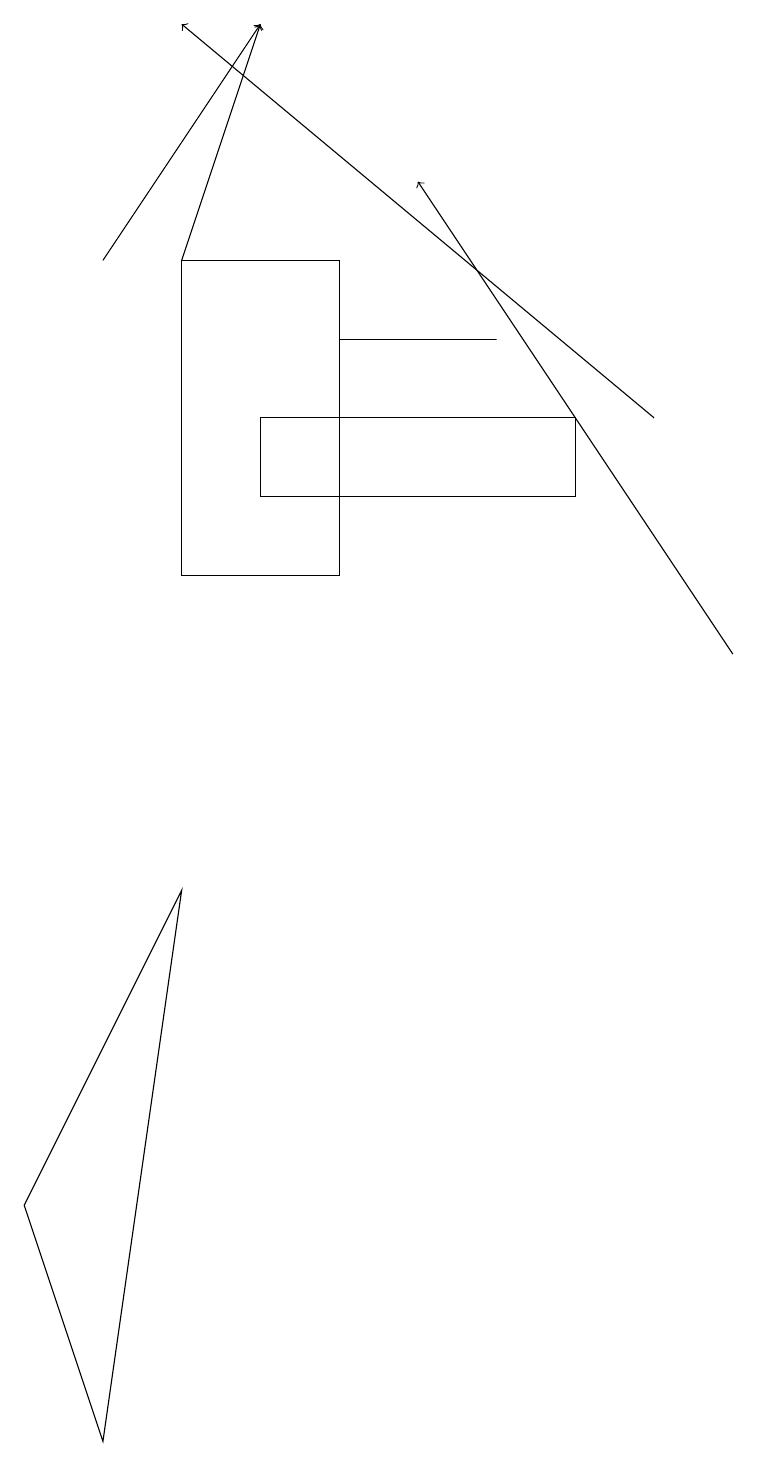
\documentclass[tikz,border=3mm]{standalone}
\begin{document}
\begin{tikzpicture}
\draw[->] (8,14) -- (2,19);
\draw[->] (1,16) -- (3,19);
\draw (2,8) -- (0,4) -- (1,1) -- cycle;
\draw (2,12) rectangle (4,16);
\draw (6,15) rectangle (4,15);
\draw (7,14) rectangle (3,13);
\draw[->] (2,16) -- (3,19);
\draw[->] (9,11) -- (5,17);
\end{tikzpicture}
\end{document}